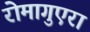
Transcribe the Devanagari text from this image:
रोमागुएरा